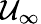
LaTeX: \mathcal{U}_{\infty}